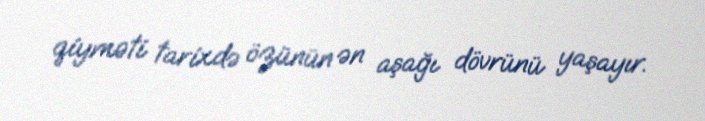
qiyməti tarixdə özünün ən aşağı dövrünü yaşayır.